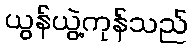
ယွန်ယွဲ့ကုန်သည်